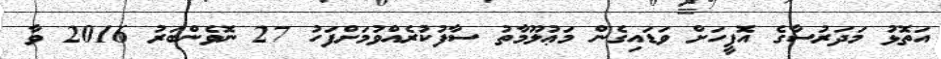
އަތޮޅު މަދަރުސާގެ އޮފީހަށް ވަޑައިގެން މަޢުލޫމާތު ސާފުކުރެއްވުމަށްފަހު 27 ނޮވެންބަރު 2016 ވާ